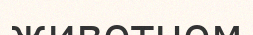
животном